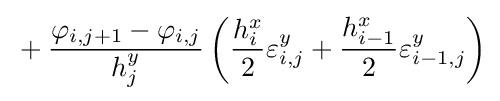
{}+{\frac {\varphi _{i,j+1}-\varphi _{i,j}}{h_{j}^{y}}}\left({\frac {h_{i}^{x}}{2}}\varepsilon _{i,j}^{y}+{\frac {h_{i-1}^{x}}{2}}\varepsilon _{i-1,j}^{y}\right)